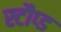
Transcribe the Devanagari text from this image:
स्टौप्ड